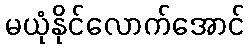
မယုံနိုင်လောက်အောင်